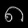
Digit: ၈